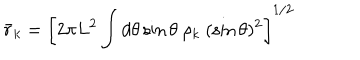
LaTeX: { \bar { r } _ { k } } = \left[ 2 \pi L ^ { 2 } \int d \theta \sin { \theta } \ \rho _ { k } \ ( \sin \theta ) ^ { 2 } \right] ^ { 1 / 2 }